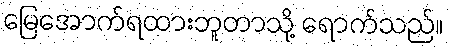
မြေအောက်ရထားဘူတာသို့ ရောက်သည်။